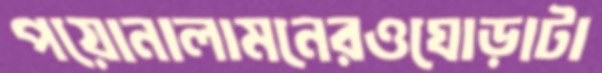
পয়োনালামনেরওঘোড়াটা